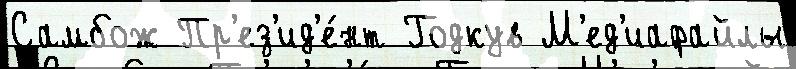
Самбож Пр'ез'ид'е́нт Годкув М'ед'иафайлы